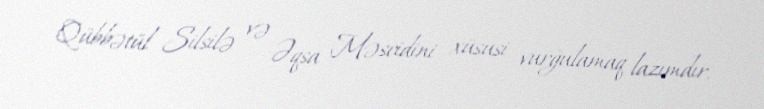
Qübbətül Silsilə və Əqsa Məscidini xüsusi vurğulamaq lazımdır.